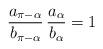
LaTeX: \begin{align*}\frac{a_{\pi-\alpha}}{b_{\pi-\alpha}}\,\frac{a_\alpha}{b_\alpha} = 1\end{align*}